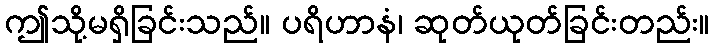
ဤသို့မရှိခြင်းသည်။ ပရိဟာနံ၊ ဆုတ်ယုတ်ခြင်းတည်း။